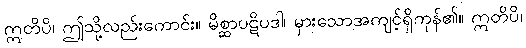
ဣတိပိ၊ ဤသို့လည်းကောင်း။ မိစ္ဆာပဋိပဒါ၊ မှားသောအကျင့်ရှိကုန်၏။ ဣတိပိ၊